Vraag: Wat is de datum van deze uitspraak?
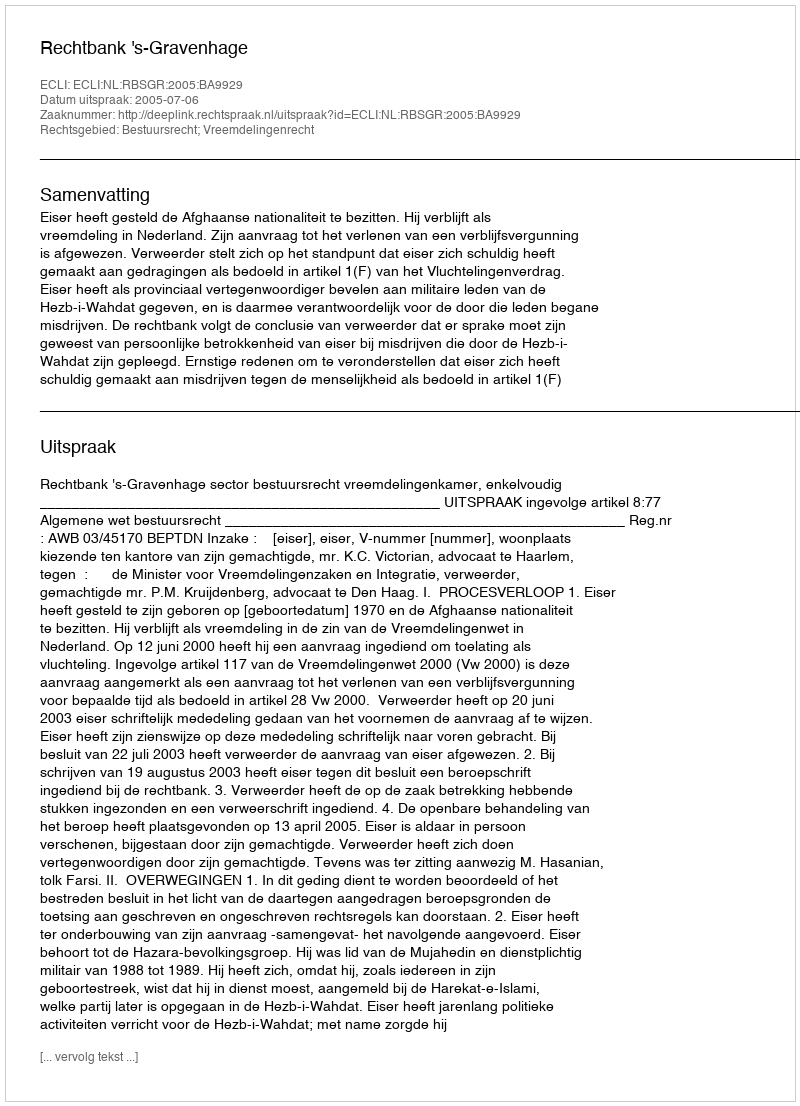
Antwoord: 2005-07-06